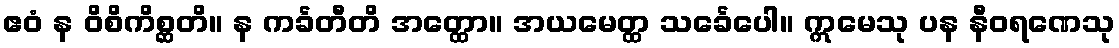
ဧဝံ န ဝိစိကိစ္ဆတိ။ န ကင်္ခတီတိ အတ္ထော။ အယမေတ္ထ သင်္ခေပေါ။ ဣမေသု ပန နီဝရဏေသု